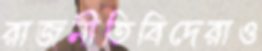
রাজনীতিবিদেরাও